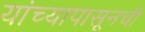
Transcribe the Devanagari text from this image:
यांच्यापासूनची